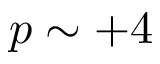
p \sim + 4